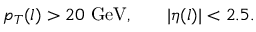
p _ { T } ( l ) > 2 0 ~ \mathrm { G e V , } \qquad | \eta ( l ) | < 2 . 5 .